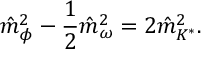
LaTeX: \hat { m } _ { \phi } ^ { 2 } - \frac { 1 } { 2 } \hat { m } _ { \omega } ^ { 2 } = 2 \hat { m } _ { K ^ { * } } ^ { 2 } .